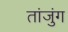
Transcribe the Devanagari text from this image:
तांजुंग